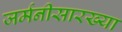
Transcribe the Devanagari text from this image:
जर्मनीसारख्या